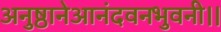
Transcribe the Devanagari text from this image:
अनुष्ठानेआनंदवनभुवनी।।